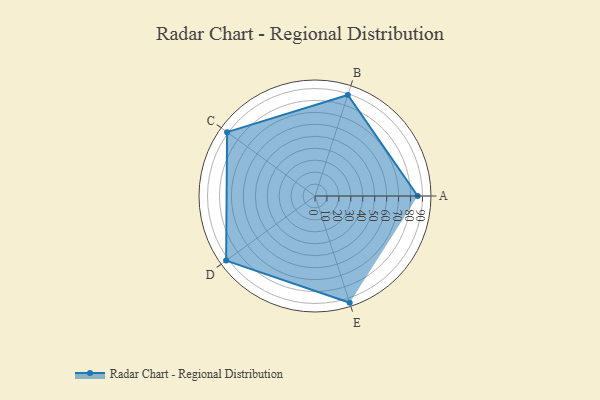
{"axis": {"x": "Skill", "y": "Score"}, "legend": ["Profile"], "data": [{"x": "A", "y": 86.0, "type": "Profile"}, {"x": "B", "y": 89.0, "type": "Profile"}, {"x": "C", "y": 91.0, "type": "Profile"}, {"x": "D", "y": 92.0, "type": "Profile"}, {"x": "E", "y": 94.0, "type": "Profile"}]}